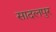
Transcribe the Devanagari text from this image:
सादलपुर